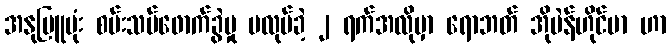
အနုမြူဗုံး စမ်းသပ်ဖောက်ခွဲမှု မလုပ်ခဲ့ ၂ ရက်အလိုမှာ ရောဘတ် အိုပဲန်ဟိုင်မာ ဟာ